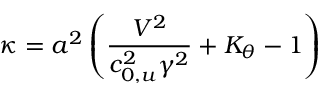
\kappa = { { a } ^ { 2 } } \left( \frac { { { V } ^ { 2 } } } { c _ { 0 , u } ^ { 2 } { { \gamma } ^ { 2 } } } + { { K } _ { \theta } } - 1 \right)